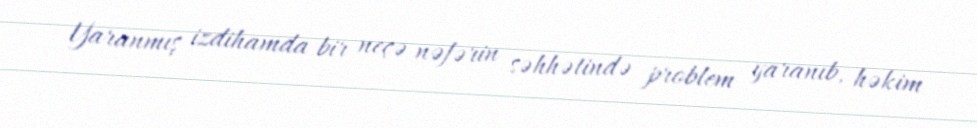
Yaranmış izdihamda bir neçə nəfərin səhhətində problem yaranıb, həkim